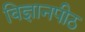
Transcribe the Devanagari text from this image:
विज्ञानपीठ